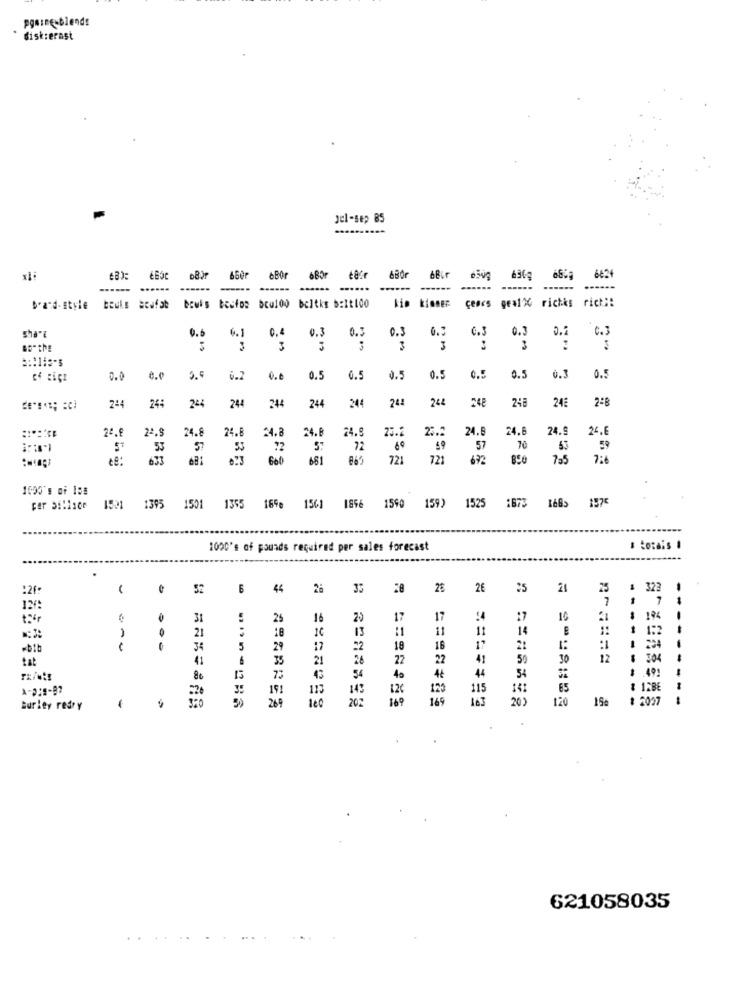
pqmine-blends
disk:erast
Jel-sep 85
660r
Bor
6BOF
6363
---
-----
......
......
......
......
......
brand-style
bruks Beufst
bowls becios acu100 beltke b:12100
kim kimmEr ceaes geal% richks rich !!
6.1
0.3
0.3
0.3
0.5
0.3
0.2
0.6
C.3
Bo"the
3
3
3
3
0.0
e.c
5.5
6.2
0.0
0.5
0.5
0.5
0.5
0.5
0.5
0.3
0.5
244
244
24
242
248
24E
2ª8
244
24:
244
244
244
24.
22.
24.8
24.8
24.8
24.8
24.9
25.2
23.2
24.8
24.9
24.6
53
57
53
72
72
59
57
70
53
59
633
660
865
721
721
672
7-5
16:00's of los
1521 1395 1501
1355 18% 1561 1856
1590 159) 1525
1873 168> 1575
1000's of pounds required per sales forecast
# Locais .
-...
:2F
6
44
26
35
28
2€
2€
25
21
25
# 323
7
12/
31
25
16
29
17
17
27
16
1 194
21
:1
11
It
14
1:
1:2
18
13
-bib
34
5
29
17
22
18
18
12
1 224
tat
41
6
35
28
22
41
50
30
12
: 304
21
22
44
-------
.49:
15
73
43
34
40
4Ł
54
191
113
142
12€
123
115
141
65
: 12BE
269
202
16 9
169
163
201
120
19
1 2037
---------
Burley redry
621058035
.... ..